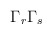
\begin{align*} \Gamma_r \Gamma_s\end{align*}